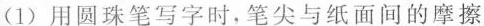
(1)用圆珠笔写字时，笔尖与纸面间的摩擦